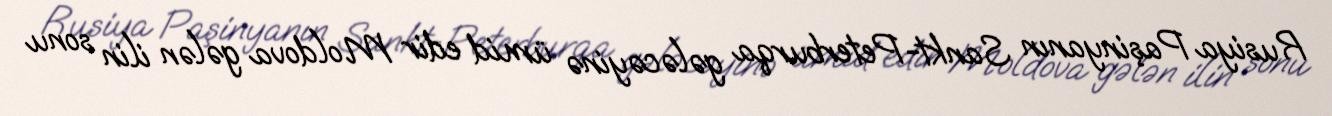
Rusiya Paşinyanın Sankt-Peterburqa gələcəyinə ümid edir Moldova gələn ilin sonu